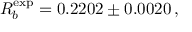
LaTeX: R _ { b } ^ { \mathrm { e x p } } = 0 . 2 2 0 2 \pm 0 . 0 0 2 0 \, ,